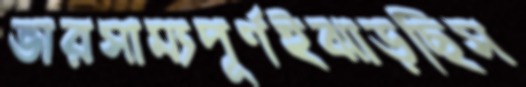
ভারসাম্যপূর্ণইঝাড়ছিস